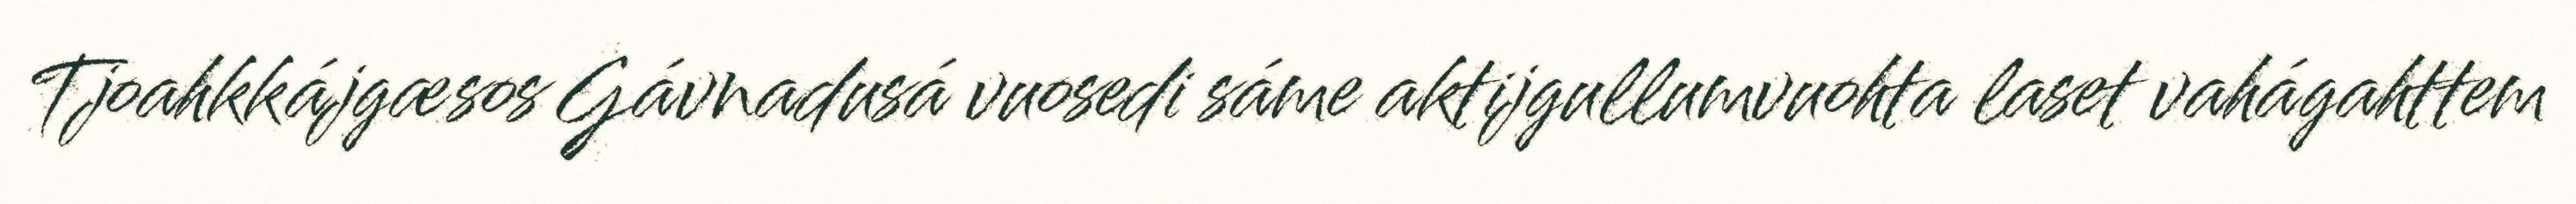
Tjoahkkájgæsos Gávnadusá vuosedi sáme aktijgullumvuohta laset vahágahttem